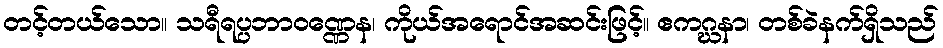
တင့်တယ်သော။ သရီရပ္ပဘာဝဏ္ဏေန၊ ကိုယ်အရောင်အဆင်းဖြင့်။ ဧကဂ္ဃနာ၊ တစ်ခဲနက်ရှိသည်